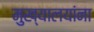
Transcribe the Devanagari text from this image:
मुख्यालयांना